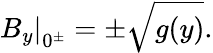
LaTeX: \left.B_{y}\right|_{0^{\pm}}=\pm\sqrt{g(y)}.